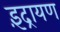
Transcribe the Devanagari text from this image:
इंद्रायण